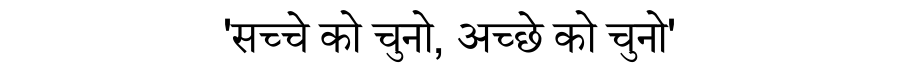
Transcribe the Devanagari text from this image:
'सच्चे को चुनो, अच्छे को चुनो'